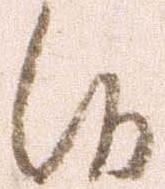
候